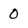
Character: 0